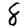
Digit: 8